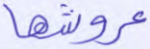
عروشها